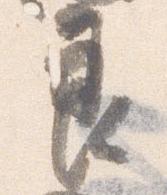
良